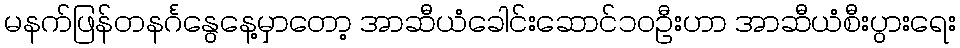
မနက်ဖြန်တနင်္ဂနွေနေ့မှာတော့ အာဆီယံခေါင်းဆောင်၁၀ဦးဟာ အာဆီယံစီးပွားရေး